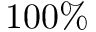
1 0 0 \%